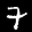
Label: 7